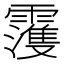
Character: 𩆀